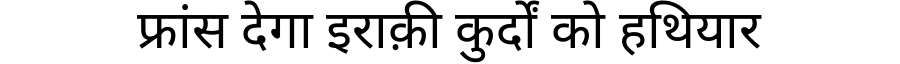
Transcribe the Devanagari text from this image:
फ्रांस देगा इराक़ी कुर्दों को हथियार